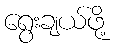
ရွေးချယ်ဖို့